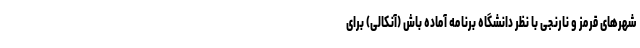
شهر‌های قرمز و نارنجی با نظر دانشگاه برنامه آماده باش (آنکالی) برای